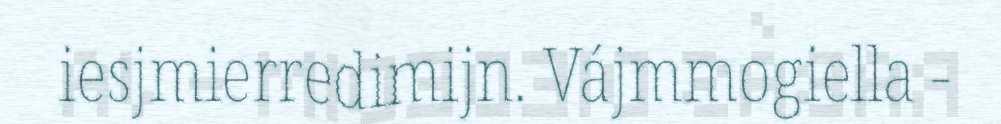
iesjmierredimijn. Vájmmogiella -